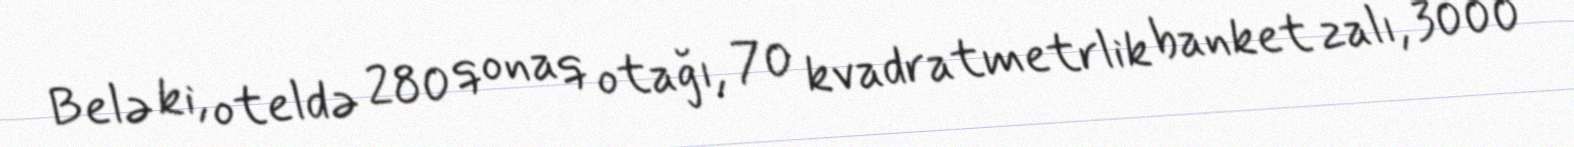
Belə ki, oteldə 280 qonaq otağı, 70 kvadratmetrlik banket zalı, 3000